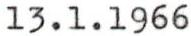
13.1.1966